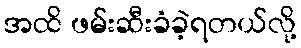
အထိ ဖမ်းဆီးခံခဲ့ရတယ်လို့